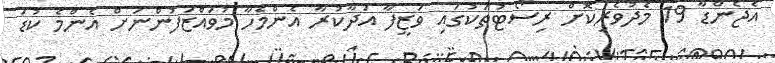
އެޖެންޑާ 19 މެދުވެރިކޮށް ރިސޯޓުތަކުގައި ވަޒީފާ އަދާކުރާ އެންމެހާ މުވައްޒަފުންނަށް އެންމެ ކުޑަ